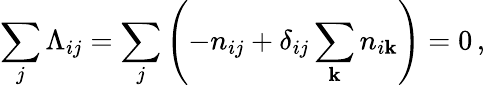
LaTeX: \sum_{j}\Lambda_{ij}=\sum_{j}\left(-n_{ij}+\delta_{ij}\sum_{\mathbf{k}}n_{i\mathbf{k}}\right)=0\, ,